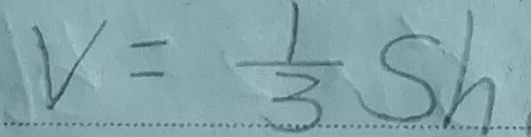
V = \frac { 1 } { 3 } s h